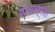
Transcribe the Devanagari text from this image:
यातायाता